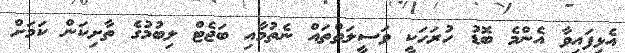
އެޅިފައިވާ އެންމެ ބޮޑު ހުރަހަކީ ވަސީލަތްތައް ނެތުމާއި ބަޖެޓް ލިބުމުގެ ތާށިކަން ކަމަށް